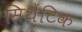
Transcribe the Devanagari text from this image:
सिथेंटिक